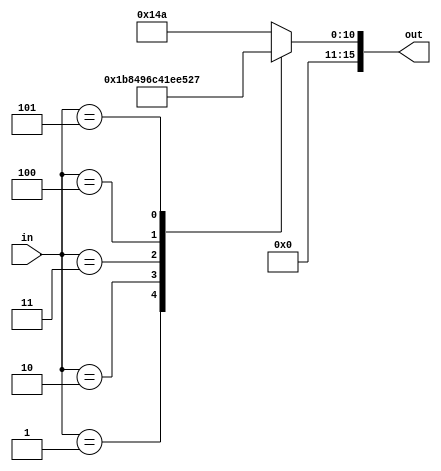
module lut(in, out);
	input [2:0]in;
	output reg [15:0] out;
	always @(*)
	begin
		case(in)
			3'd0: out = {5'b00000,11'b00101001010}; //330 E
			3'd1: out = {5'b00000,11'b00110111000}; //440 A
			3'd2: out = {5'b00000,11'b01001001011}; //587 D
			3'd3: out = {5'b00000,11'b01100010000}; //784 G
			3'd4: out = {5'b00000,11'b01111011100}; //985 B
			3'd5: out = {5'b00000,11'b10100100111}; //1319 E
			default: out = {5'b00000,11'b00101001010}; //default low E
		endcase
	end

endmodule